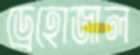
ড্রেহোজাল